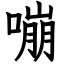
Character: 嘣